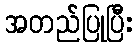
အတည်ပြုပြီး